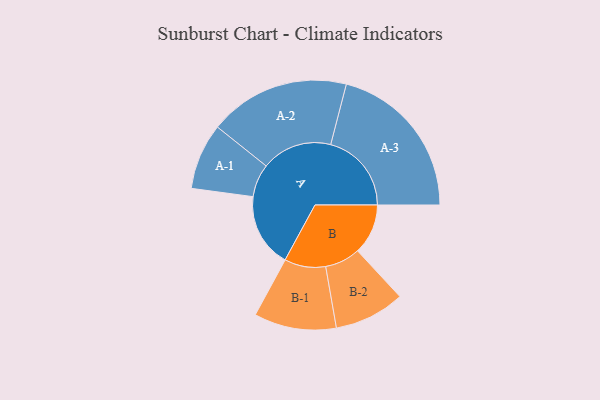
{"axis": {"x": "Segment", "y": "Value"}, "legend": ["", "A", "B"], "data": [{"x": "A", "y": 239, "type": ""}, {"x": "B", "y": 163, "type": ""}, {"x": "A-1", "y": 107, "type": "A"}, {"x": "A-2", "y": 228, "type": "A"}, {"x": "A-3", "y": 261, "type": "A"}, {"x": "B-1", "y": 133, "type": "B"}, {"x": "B-2", "y": 114, "type": "B"}]}